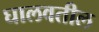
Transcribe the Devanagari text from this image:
घालवतील